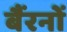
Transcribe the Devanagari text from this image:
बैंरनों